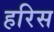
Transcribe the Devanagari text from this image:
हरिस